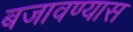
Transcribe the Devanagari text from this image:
बजावण्यास